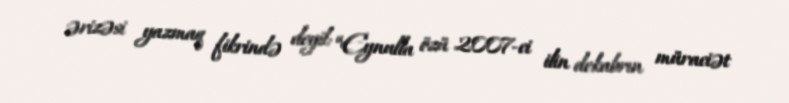
ərizəsi yazmaq fikrində deyil: “Eynulla özü 2007-ci ilin dekabrın müraciət